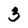
Character: 3